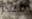
ممر